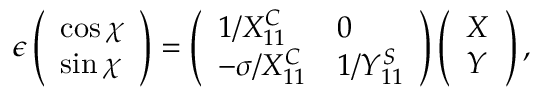
\epsilon \left( \begin{array} { l } { \cos \chi } \\ { \sin \chi } \end{array} \right) = \left( \begin{array} { l l } { 1 / X _ { 1 1 } ^ { C } } & { 0 } \\ { - \sigma / X _ { 1 1 } ^ { C } } & { 1 / Y _ { 1 1 } ^ { S } } \end{array} \right) \left( \begin{array} { l } { X } \\ { Y } \end{array} \right) ,